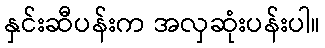
နှင်းဆီပန်းက အလှဆုံးပန်းပါ။